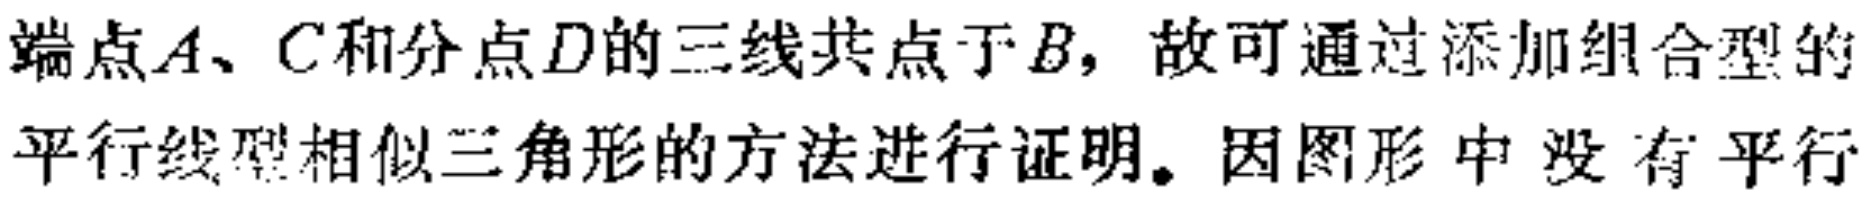
端点\(A、C\)和分点\(D\)的三线共点于\(B\)，故可通过添加组合型的平行线型相似三角形的方法进行证明。因图形中没有平行